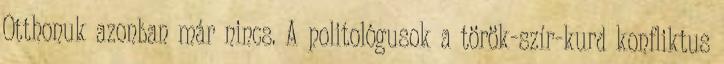
Otthonuk azonban már nincs. A politológusok a török-szír-kurd konfliktus